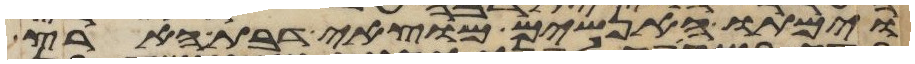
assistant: וימתו האנשים מוצאי דבת הארץ